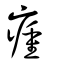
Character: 瘇